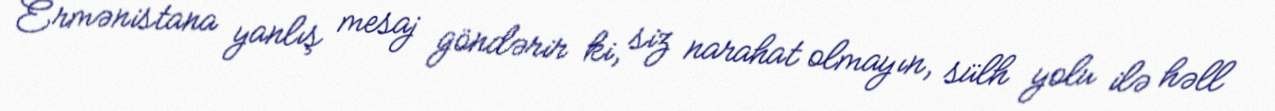
Ermənistana yanlış mesaj göndərir ki, siz narahat olmayın, sülh yolu ilə həll